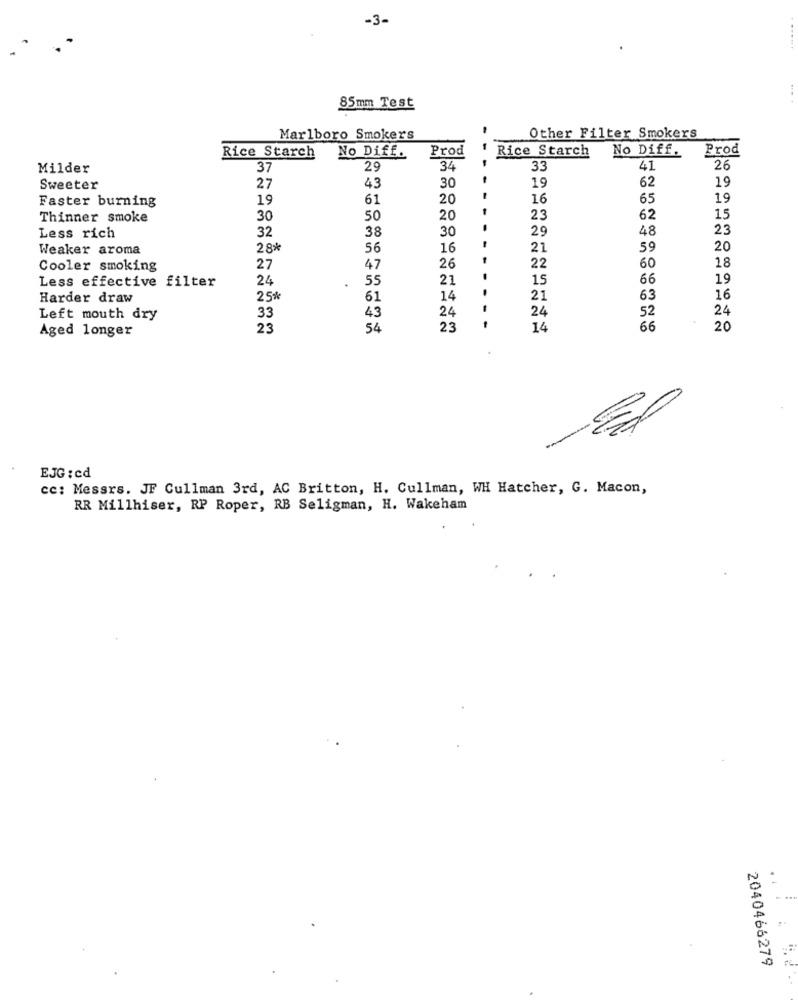
-3-
85mm Test
..
-
Marlboro Smokers
Other Filter Smokers
Prod
Rice Starch
No Diff.
Prod
Rice Starch
No Diff.
Milder
37
29
34
33
41
26
43
-
19
Sweeter
27
30
19
62
Faster burning
19
61
20
16
65
19
Thinner smoke
30
50
20
23
62
15
32
38
30
29
48
23
Less rich
Weaker aroma
28*
56
16
21
59
20
26
60
Cooler smoking
27
47
22
18
Less effective filter
24
55
21
15
66
19
Harder draw
25%
61
14
21
63
16
24
24
Left mouth dry
33
43
24
52
Aged longer
23
54
23
14
66
20
EJG : cd
cc: Messrs. JF Cullman 3rd, AC Britton, H. Cullman, WH Hatcher, G. Macon,
RR Millhiser, RP Roper, RB Seligman, H. Wakeham
2040466279